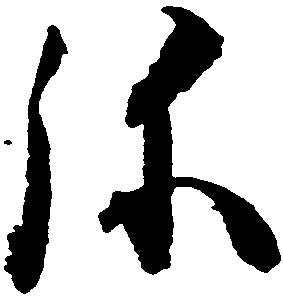
弥